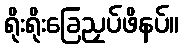
ရိုးရိုးခြေညှပ်ဖိနပ်။